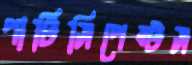
পার্টিসিপেন্টস